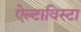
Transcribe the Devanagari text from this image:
ऐल्टाविस्टा